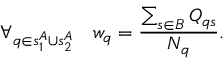
\forall _ { q \in s _ { 1 } ^ { A } \cup s _ { 2 } ^ { A } } \ \ \ w _ { q } = \frac { \sum _ { s \in B } Q _ { q s } } { N _ { q } } .